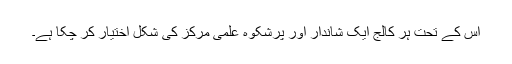
اس کے تحت ہر کالج ایک شاندار اور پرشکوہ علمی مرکز کی شکل اختیار کر چکا ہے۔